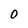
Character: 0